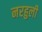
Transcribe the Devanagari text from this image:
नरहुली